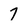
Character: 7